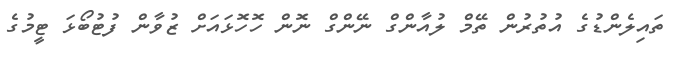
ތައިލެންޑުގެ އުތުރުން ތޭމް ލުއާންގް ނޭންގް ނޮން ހޮހޮޅައަށް ޒުވާން ފުޓުބޯޅަ ޓީމުގެ